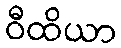
ဝီထိယာ